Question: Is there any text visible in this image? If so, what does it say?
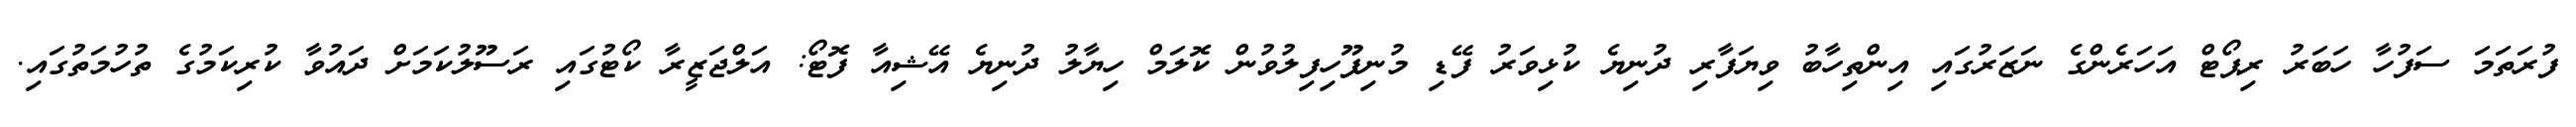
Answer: ފުރަތަމަ ސަފުހާ ހަބަރު ރިޕޯޓް އަހަރެންގެ ނަޒަރުގައި އިންތިހާބު ވިޔަފާރި ދުނިޔެ ކުޅިވަރު ފޭޑި މުނިފޫހިފިލުވުން ކޮލަމް ހިޔާލު ދުނިޔެ އޭޝިއާ ފޮޓޯ: އަލްޖަޒީރާ ކޯޓުގައި ރަސޫލުކަމަށް ދައުވާ ކުރިކަމުގެ ތުހުމަތުގައި.